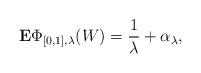
LaTeX: \begin{align*}\mathbf{E}\Phi_{[0,1],\lambda}(W)=\frac{1}{\lambda}+\alpha_{\lambda},\end{align*}